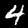
Digit: 4